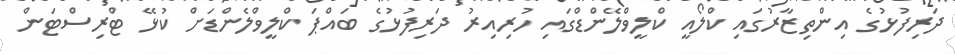
ދަރިފުޅުގެ އިންތިޒާރުގައި ކްލޯއީ ކްލީވްލޭންޑްގައި ހުރިއިރު ދަރިފުޅުގެ ބައްޕަ ކްލީވްލެންޑަށް ކުޅޭ ޓްރިސްޓަން